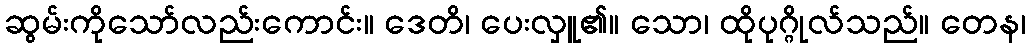
ဆွမ်းကိုသော်လည်းကောင်း။ ဒေတိ၊ ပေးလှူ၏။ သော၊ ထိုပုဂ္ဂိုလ်သည်။ တေန၊